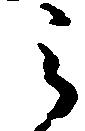
之